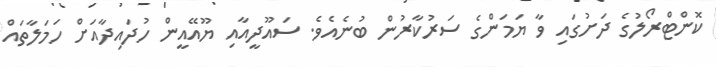
ކޮންޓްރޯލުގެ ދަށުގައި ވާ ޔަމަންގެ ސަރުކާރުން ބުނެއެވެ. ސައޫދީއާއި ޔޫއޭއީން ހުދައިދާއަށް ހަމަލާތައް